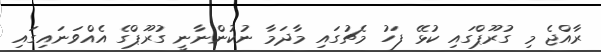
ރާއްޖެ މި ގުރޫޕްގައި ކުޅޭ ފަހު މެޗުގައި މާދަމާ ނުކުންނާނީ ގުރޫޕްގެ އެއްވަނައިގައި